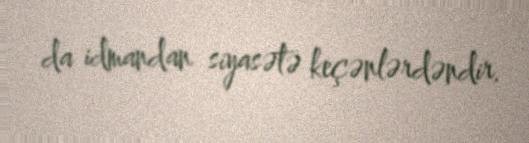
da idmandan siyasətə keçənlərdəndir.